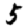
Digit: 5